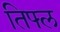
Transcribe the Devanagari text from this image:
तिफ्ल